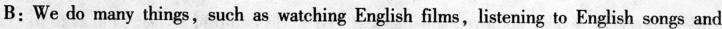
B:We do many things,such as watching English films,listening to English songs and